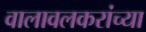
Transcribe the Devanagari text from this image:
वालावलकरांच्या